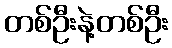
တစ်ဦးနဲ့တစ်ဦး